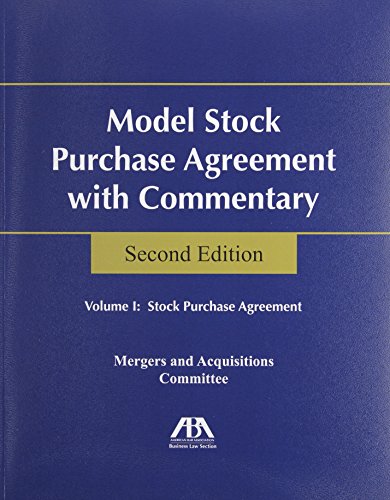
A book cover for Model Stock Purchase Agreement With Commentary :2 Volume set; ABA Business Law Section Mergers & Aquisitions Committee; Law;